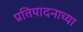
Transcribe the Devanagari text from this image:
प्रतिपादनाच्या